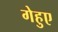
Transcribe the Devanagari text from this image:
गेहुए